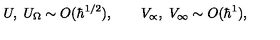
U , \ U _ { \Omega } \sim O ( \hbar ^ { 1 / 2 } ) , \qquad V _ { \propto } , \ V _ { \infty } \sim O ( \hbar ^ { 1 } ) ,